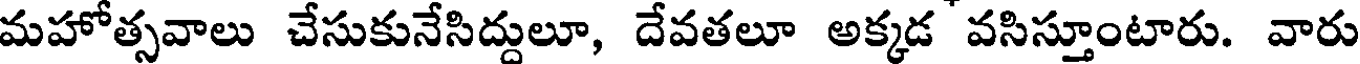
మహోత్సవాలు చేసుకునేసిద్దులూ, దేవతలూ అక్కడ వసిస్తూంటారు. వారు